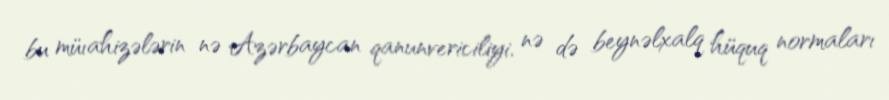
bu müıahizələrin nə Azərbaycan qanunvericiliyi, nə də beynəlxalq hüquq normaları